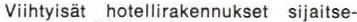
Viihtyisät hotellirakennukset sijaitse-